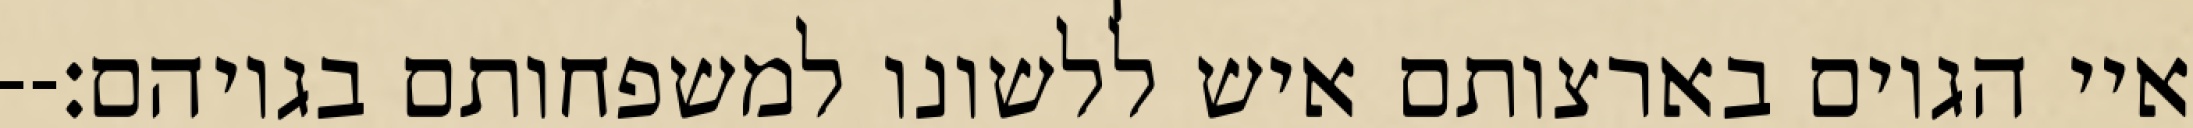
איי הגוים בארצותם איש ללשונו למשפחותם בגויהם׃--